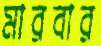
মারবার